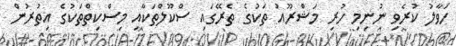
ހަވާލު ކުރެވި ނުނިމި ހުރި މަޝްރޫއު ތަކުގެ ތެރޭގައި ސްކޫލްތަކާއި މިސްކިތްތަކުގެ އިތުރުން